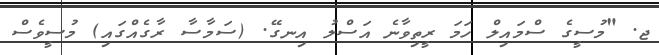
ޖ. "މުސީގެ ސްމައިލް ހަމަ ރީތިވާނެ އަސްލު އިނގޭ. (ސަމާސާ ރާގެއްގައި) މުސީވެސް